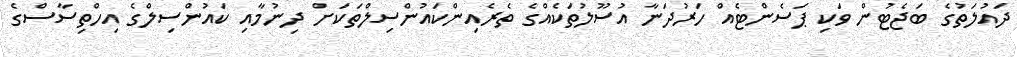
ދައުލަތުގެ ބަޖެޓުން ވަކި ޕަސެންޓެއް ހަރުދަނާ އުސޫލުތަކެއްގެ ތެރެއިންކައުންސިލްތަކަށް ދިނުމާއި ކައުންސިލްގެ އިހްތިސާސްގެ